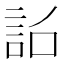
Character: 𧦎